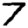
Digit: 7